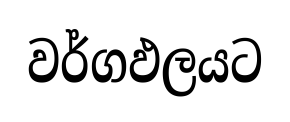
වර්ගඵලයට